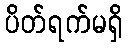
ပိတ်ရက်မရှိ